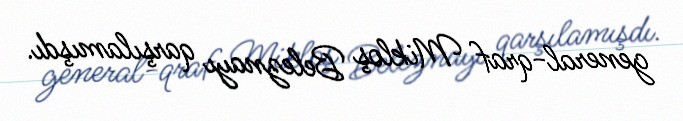
general-qraf Mikloş Beleznayı qarşılamışdı.